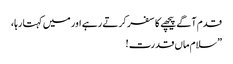
قدم آگے پیچھے کا سفر کرتے رہے اور میں کہتا رہا،
”سلام ماں قدرت !